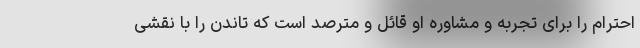
احترام را برای تجربه و مشاوره او قائل و مترصد است که تاندن را با نقشی